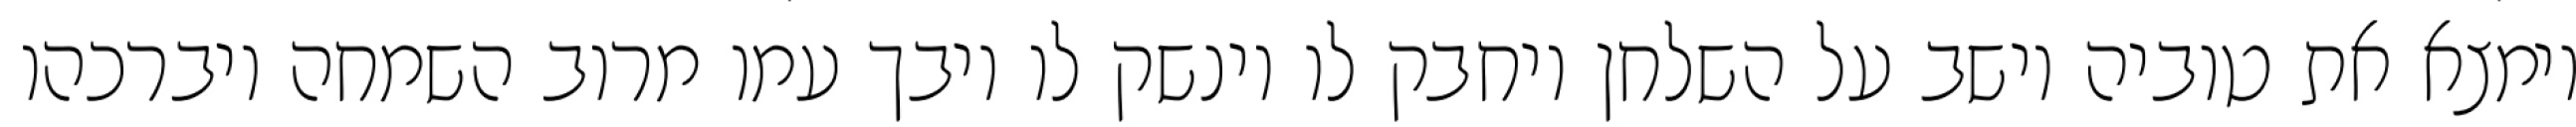
וימצא את טוביה יושב על השלחן ויחבק לו וינשק לו ויבך עמו מרוב השמחה ויברכהו